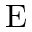
\mathrm { E }